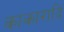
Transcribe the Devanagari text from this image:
काकारादि